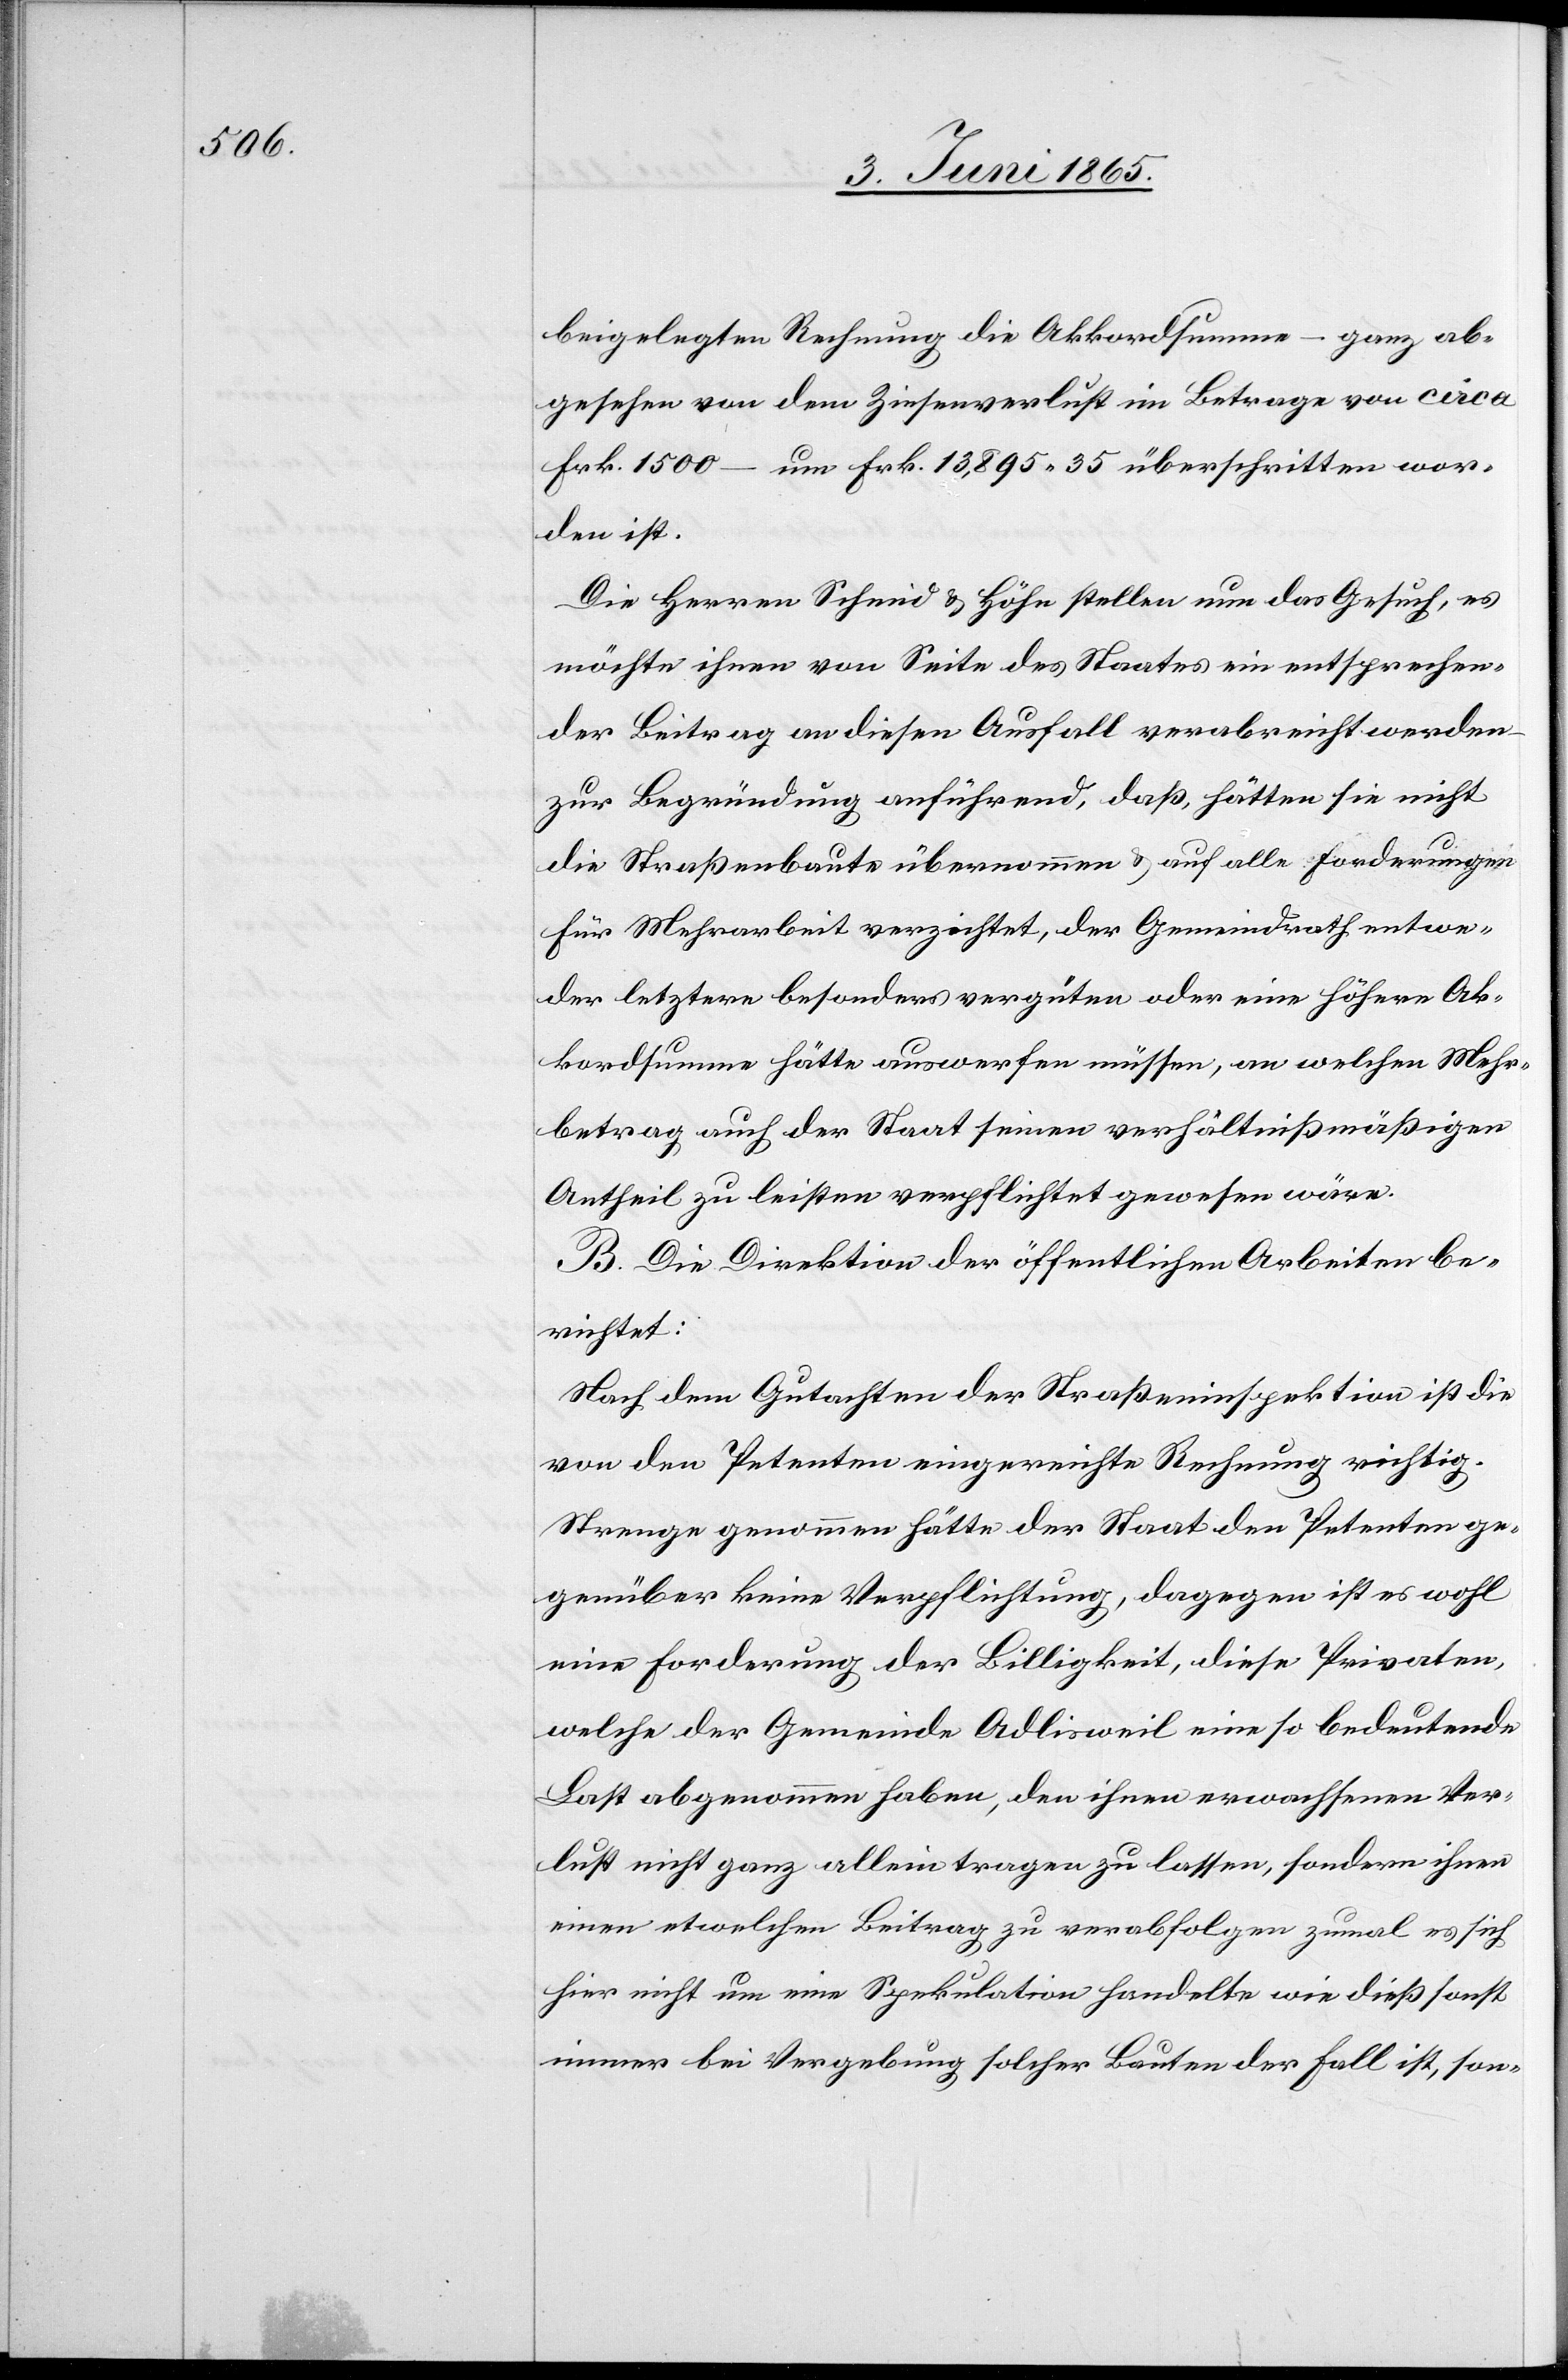
beigelegten Rechnung die Akkordsumme – ganz ab¬
gesehen von dem Zinsenverlust im Betrage von circa
Frk. 1500 – um Frk. 13,895 35 überschritten wor¬
den ist.
Die Herren Schmid & Höhn stellen nun das Gesuch, es
möchte ihnen von Seite des Staates ein entsprechen¬
der Beitrag an diesen Ausfall verabreicht werden
zur Begründung anführend, daß, hätten sie nicht
die Straßenbaute übernommen & auf alle Forderungen
für Mehrarbeit verzichtet, der Gemeindrath entwe¬
der letztere besonders vergüten oder eine höhere Ak¬
kordsumme hätte auswerfen müssen, an welchen Mehr¬
betrag auch der Staat seinen verhältnißmäßigen
Antheil zu leisten verpflichtet gewesen wäre.
B. Die Direktion der öffentlichen Arbeiten be¬
richtet:
Nach dem Gutachten der Straßeninspektion ist die
von den Petenten eingereichte Rechnung richtig.
Strenge genommen hätte der Staat den Petenten ge¬
genüber keine Verpflichtung, dagegen ist es wohl
eine Forderung der Billigkeit, diese Privaten,
welche der Gemeinde Adlisweil eine so bedeutende
Last abgenommen haben, den ihnen erwachsenen Ver¬
lust nicht ganz allein tragen zu lassen, sondern ihnen
einen etwelchen Beitrag zu verabfolgen zumal es sich
hier nicht um eine Spekulation handelte wie dieß sonst
immer bei Vergebung solcher Bauten der Fall ist, son-